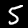
Label: 5